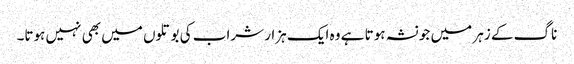
ناگ کے زہر میں جو نشہ ہوتا ہے وہ ایک ہزار شراب کی بوتلوں میں بھی نہیں ہوتا۔